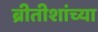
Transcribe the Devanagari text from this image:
ब्रीतीशांच्या